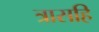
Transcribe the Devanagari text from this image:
त्रासहि